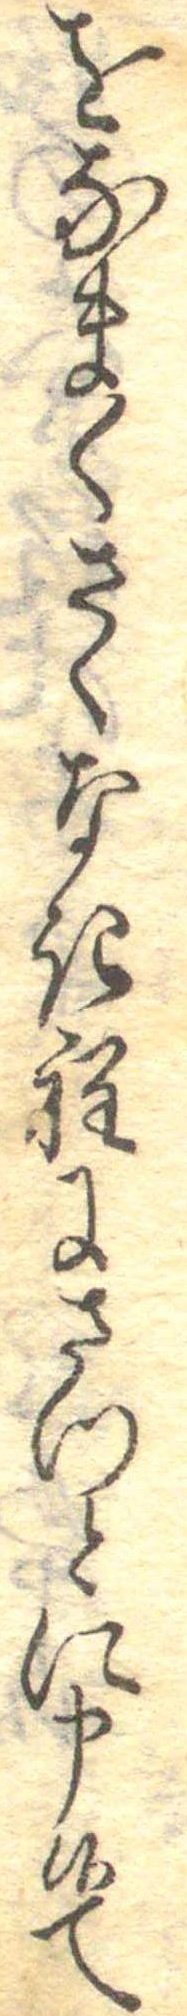
をなまくさくなき程にさつとに申候て